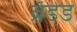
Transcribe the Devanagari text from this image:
ब्रँडेड